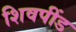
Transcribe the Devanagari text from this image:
शिवपींड